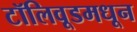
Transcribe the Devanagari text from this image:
टॉलिवूडमधून